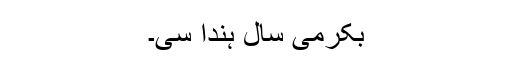
بِکرمی سال ہُندا سی۔